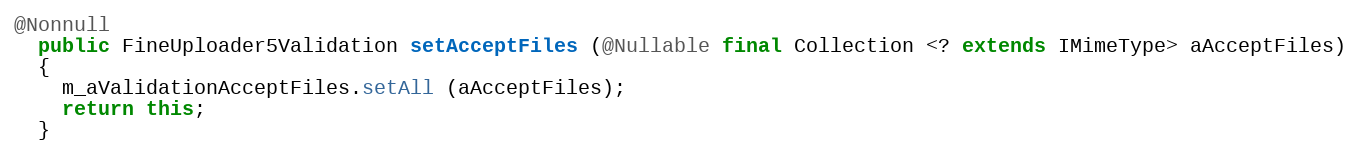
Language: Java
@Nonnull
  public FineUploader5Validation setAcceptFiles (@Nullable final Collection <? extends IMimeType> aAcceptFiles)
  {
    m_aValidationAcceptFiles.setAll (aAcceptFiles);
    return this;
  }